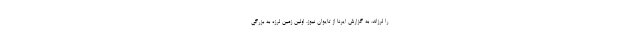
را لرزاند. به گزارش ایرنا از تایوان نیوز، اولین زمین لرزه به بزرگی